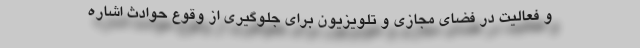
و فعالیت در فضای مجازی و تلویزیون برای جلوگیری از وقوع حوادث اشاره